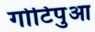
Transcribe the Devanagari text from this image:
गोटिपुआ